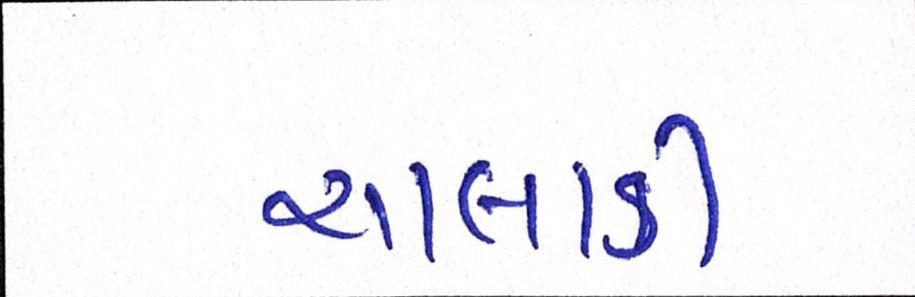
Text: ચાલાકી